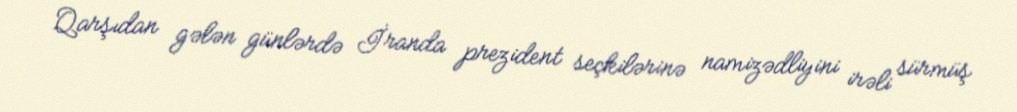
Qarşıdan gələn günlərdə İranda prezident seçkilərinə namizədliyini irəli sürmüş